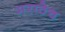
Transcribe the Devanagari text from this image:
मराठेच